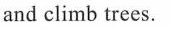
and climb trees.